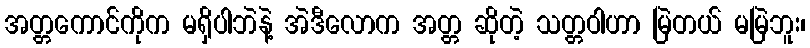
အတ္တကောင်ကိုက မရှိပါဘဲနဲ့ အဲဒီလောက အတ္တ ဆိုတဲ့ သတ္တဝါဟာ မြဲတယ် မမြဲဘူး၊